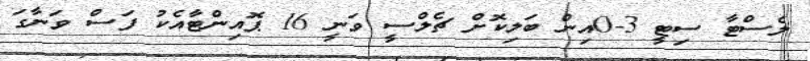
ލެސްޓާ ސިޓީ 3-0އިން ބަލިކޮށް ޗެލްސީ ވަނީ 16 ޕޮއިންޓާއެކު ފަސް ވަނާގަ